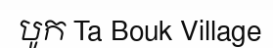
បូក Ta Bouk Village